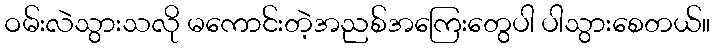
ဝမ်းလဲသွားသလို မကောင်းတဲ့အညစ်အကြေးတွေပါ ပါသွားစေတယ်။